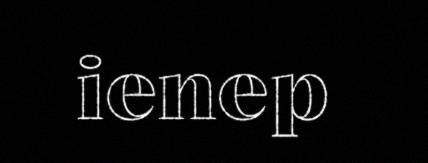
ienep